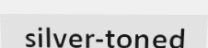
silver-toned